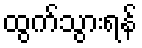
ထွက်သွားရန်